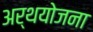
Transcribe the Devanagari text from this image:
अर्थयोजना